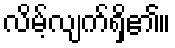
လိမ့်လျက်ရှိ၏။